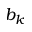
b _ { k }